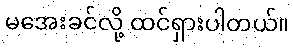
မအေးခင်လို့ ထင်ရှားပါတယ်။